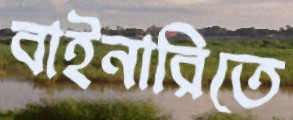
বাইনারিতে